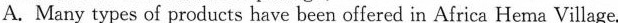
A. Many types of products have been offered in Africa He ma Village.